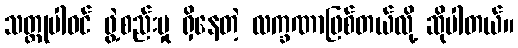
သတ္တုပါဝင် ဖွဲ့စည်းမှု ရှိနေတဲ့ လက္ခဏာဖြစ်တယ်လို့ ဆိုပါတယ်။